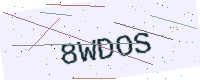
Text: 8WDOS